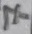
Text: 7